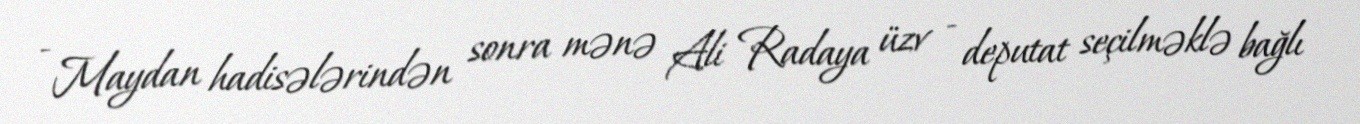
- Maydan hadisələrindən sonra mənə Ali Radaya üzv - deputat seçilməklə bağlı